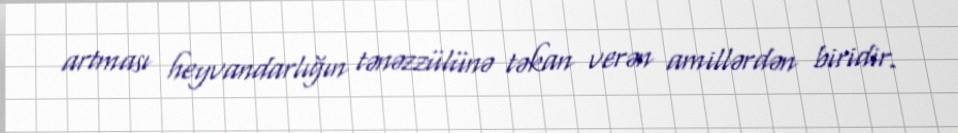
artması heyvandarlığın tənəzzülünə təkan verən amillərdən biridir.